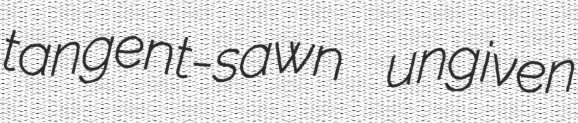
tangent-sawn ungiven